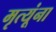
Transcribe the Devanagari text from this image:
मृत्यूंना